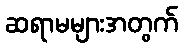
ဆရာမများအတွက်